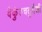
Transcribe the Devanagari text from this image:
वैकुंठचतुर्दशी